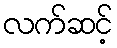
လက်ဆင့်